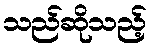
သည်ဆိုသည့်